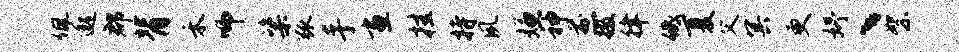
佩邈郡背禾师粢弧手画挂持夙嫌神煎掇律低夏父冥更妤丶絮